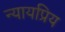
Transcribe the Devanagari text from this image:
न्‍यायप्रिय